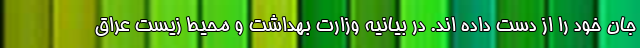
جان خود را از دست داده اند. در بیانیه وزارت بهداشت و محیط زیست عراق